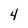
Character: 4